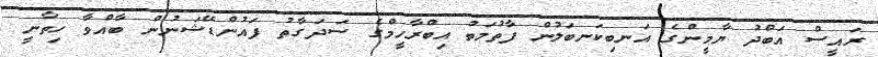
ރައީސް އަބްދު ޔާމީންގެ އަނބިކަނބަލުން ފާތުމަތު އިބްރާހީމްގެ ސަދަގާތު ފައުންޑޭޝަނުން ބާއްވާ ހިތާނީ